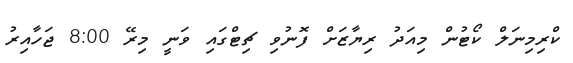
ކްރިމިނަލް ކޯޓުން މިއަދު ރިޔާޒަށް ފޮނުވި ޗިޓްގައި ވަނީ މިރޭ 8:00 ޖަހާއިރު